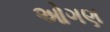
ઓગણ